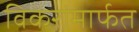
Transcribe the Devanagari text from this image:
विकरांमार्फत